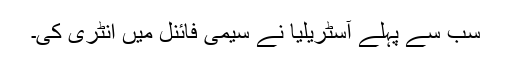
سب سے پہلے آسٹریلیا نے سیمی فائنل میں انٹری کی۔